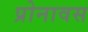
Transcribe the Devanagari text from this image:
प्रोनावस